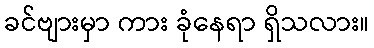
ခင်ဗျားမှာ ကား ခုံနေရာ ရှိသလား။